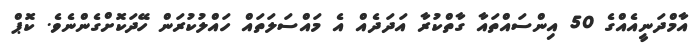
އާމްދަނީއެއްގެ 50 އިންސައްތައާ ގާތްކުރާ އަދަދެއް އެ މައްސަލަތައް ހައްލުކުރަން ހޭދަކޮށްގެންނެވެ. ކޮޕް